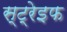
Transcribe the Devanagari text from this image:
स्ट्रेइफ